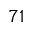
^ { 7 1 }